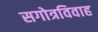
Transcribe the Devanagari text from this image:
सगोत्रविवाह